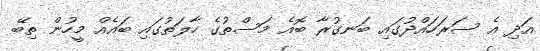
އަދި އެ ސަރަހައްދުގައި ބަނގުރާ ބޮއެ މަސްތުގެ ހާލަތުގައި ބައެއް މީހުން ތިބޭ